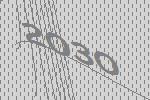
2030